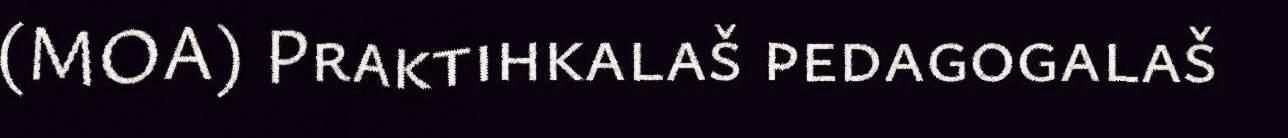
(MOA) Praktihkalaš pedagogalaš